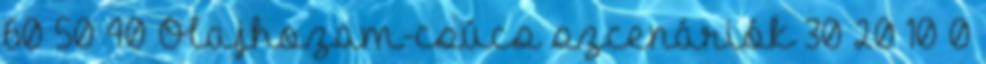
60 50 40 Olajhozam-csúcs szcenáriók 30 20 10 0